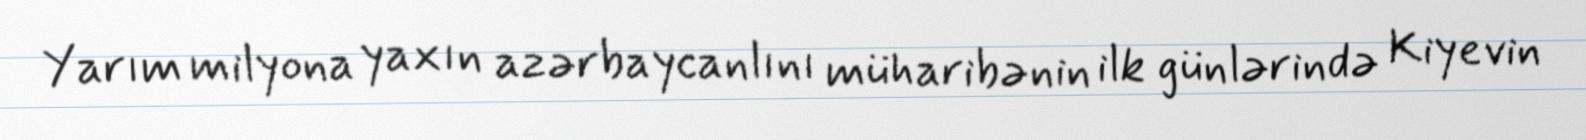
Yarım milyona yaxın azərbaycanlını müharibənin ilk günlərində Kiyevin